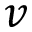
v